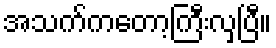
အသက်ကတော့ကြီးလှပြီ။